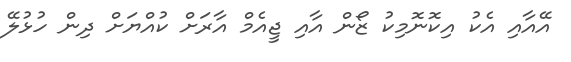
އޭއާއި އެކު އިކޮނޮމިކު ޒޯން އާއި ޖީއެމް އާރަށް ކުއްޔަށް ދިން ހުޅުލޭ